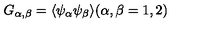
G _ { \alpha , \beta } = \langle \psi _ { \alpha } \psi _ { \beta } \rangle ( \alpha , \beta = 1 , 2 )